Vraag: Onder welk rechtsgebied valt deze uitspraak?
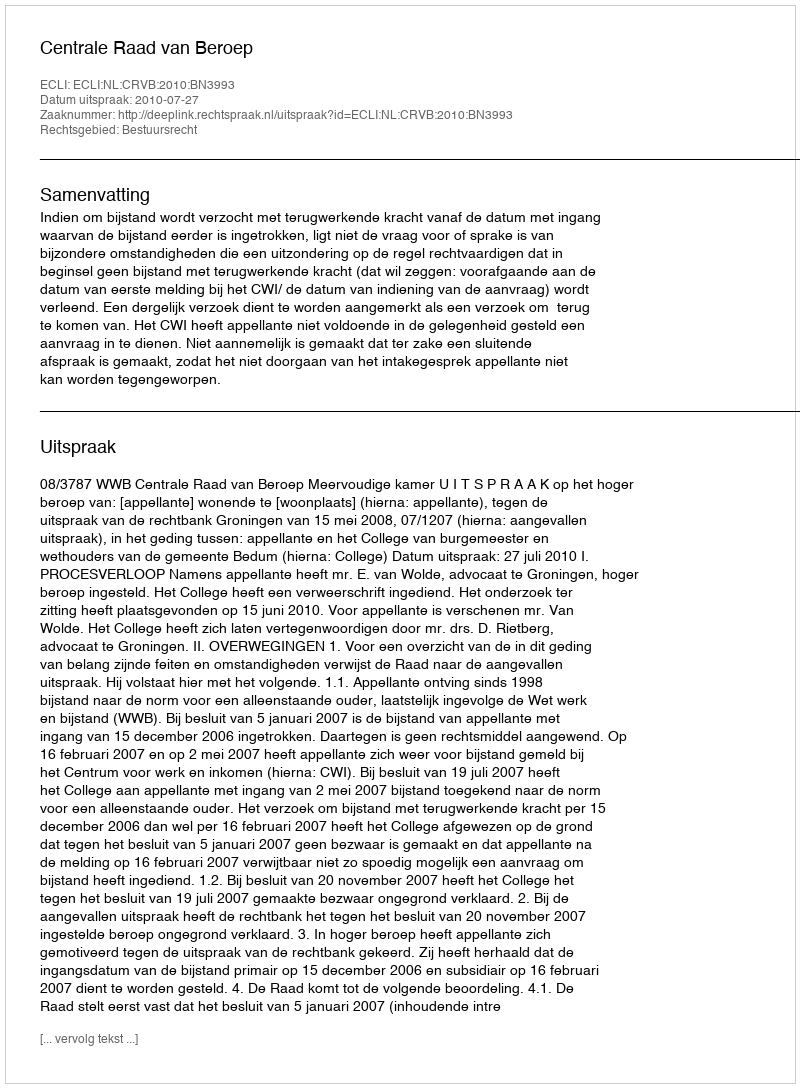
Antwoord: Bestuursrecht